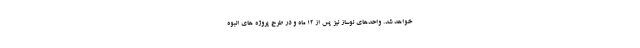
خواهد شد. واحدهای نوساز نیز پس از ۱۲ ماه و در طرح پروژه های انبوه